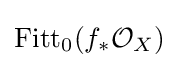
\operatorname {Fitt} _{0}(f_{*}{\mathcal {O}}_{X})